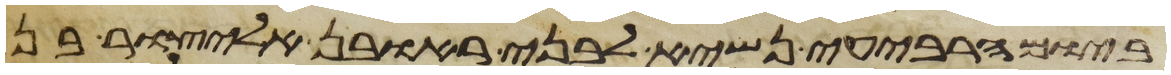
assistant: ביום הרביעי נשיא לבני ראובן אליצור בן